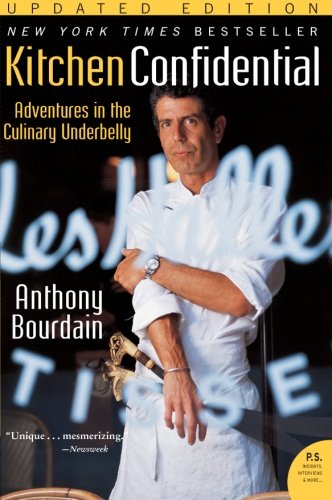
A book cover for Kitchen Confidential Updated Edition: Adventures in the Culinary Underbelly (P.S.); Anthony Bourdain; Cookbooks, Food & Wine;